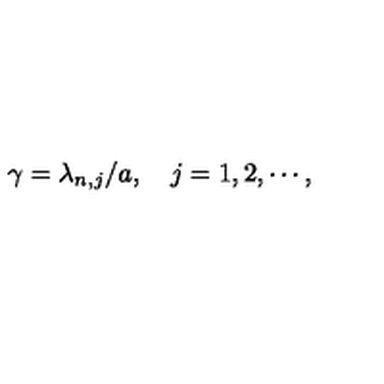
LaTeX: \gamma = \lambda _ { n , j } / a , \quad j = 1 , 2 , \cdots ,